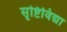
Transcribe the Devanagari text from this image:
सृष्टिविद्या